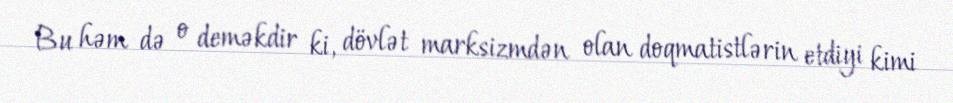
Bu həm də o deməkdir ki, dövlət marksizmdən olan doqmatistlərin etdiyi kimi